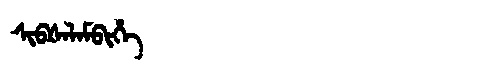
Manchu: ᠰᡳᠪᡧᠠᠯᠠᠮᠪᡳᡥᡝ
Romanization: SIBŠALAMBIHE